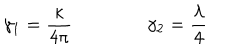
LaTeX: \gamma _ { 1 } = \frac \kappa { 4 \pi } \qquad \qquad \gamma _ { 2 } = \frac \lambda 4